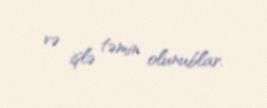
və işlə təmin olunublar.